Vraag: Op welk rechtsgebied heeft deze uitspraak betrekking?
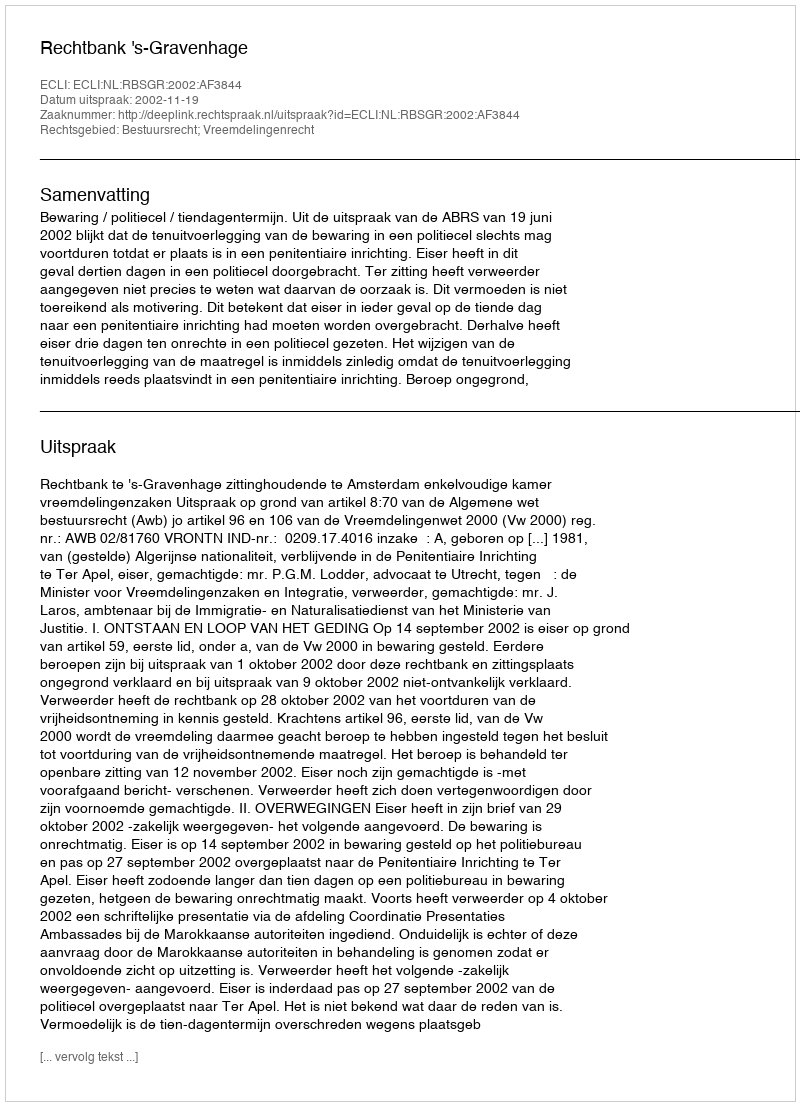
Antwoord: Bestuursrecht; Vreemdelingenrecht